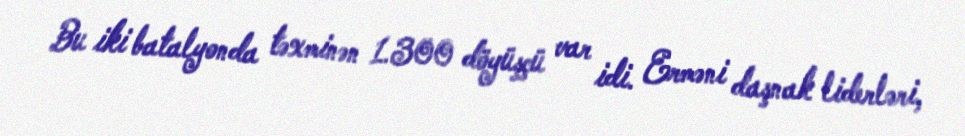
Bu iki batalyonda təxminən 1.300 döyüşçü var idi. Erməni daşnak liderləri,